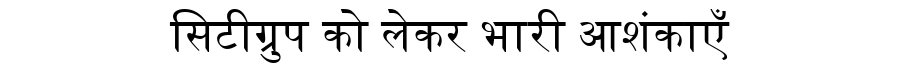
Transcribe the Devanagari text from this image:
सिटीग्रुप को लेकर भारी आशंकाएँ